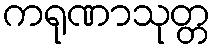
ကရုဏာသုတ္တ